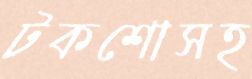
টকশোসহ